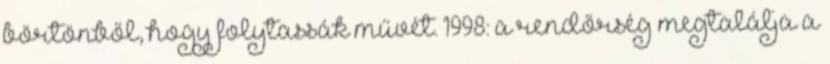
börtönből, hogy folytassák művét. 1998: a rendőrség megtalálja a